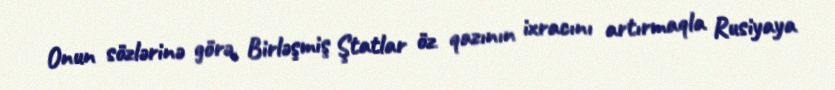
Onun sözlərinə görə, Birləşmiş Ştatlar öz qazının ixracını artırmaqla Rusiyaya